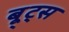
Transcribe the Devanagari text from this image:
बू्ट्स